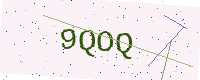
Text: 9QOQ